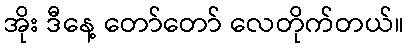
အိုး ဒီနေ့ တော်တော် လေတိုက်တယ်။